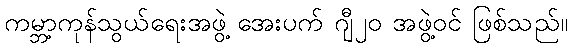
ကမ္ဘာ့ကုန်သွယ်ရေးအဖွဲ့ အေးပက် ဂျီ၂၀ အဖွဲ့ဝင် ဖြစ်သည်။